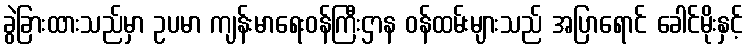
ခွဲခြားထားသည်မှာ ဥပမာ ကျန်းမာရေးဝန်ကြီးဌာန ဝန်ထမ်းများသည် အပြာရောင် ခေါင်မိုးနှင့်